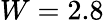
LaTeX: W=2.8